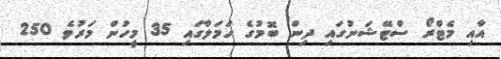
އާއި މެޓްރޯ ސްޓޭޝަނުގައި ދިން ބޮމުގެ ހަމަލާގައި 35 މީހުން މަރުވެ 250